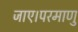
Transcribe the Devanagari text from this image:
जाए।परमाणु